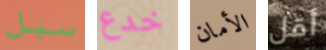
سبل خدع الأمان أقل